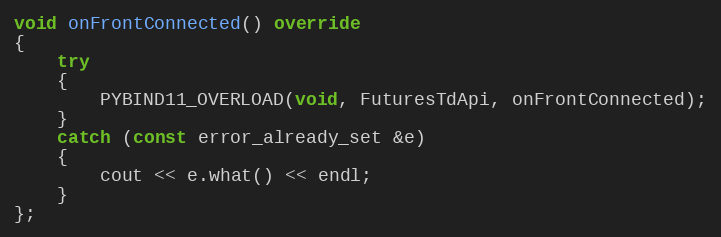
Language: C++
void onFrontConnected() override
{
	try
	{
		PYBIND11_OVERLOAD(void, FuturesTdApi, onFrontConnected);
	}
	catch (const error_already_set &e)
	{
		cout << e.what() << endl;
	}
};